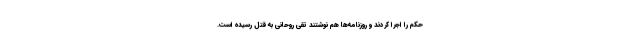
حکم را اجرا کردند و روزنامه‌ها هم نوشتند تقی روحانی به قتل رسیده است.